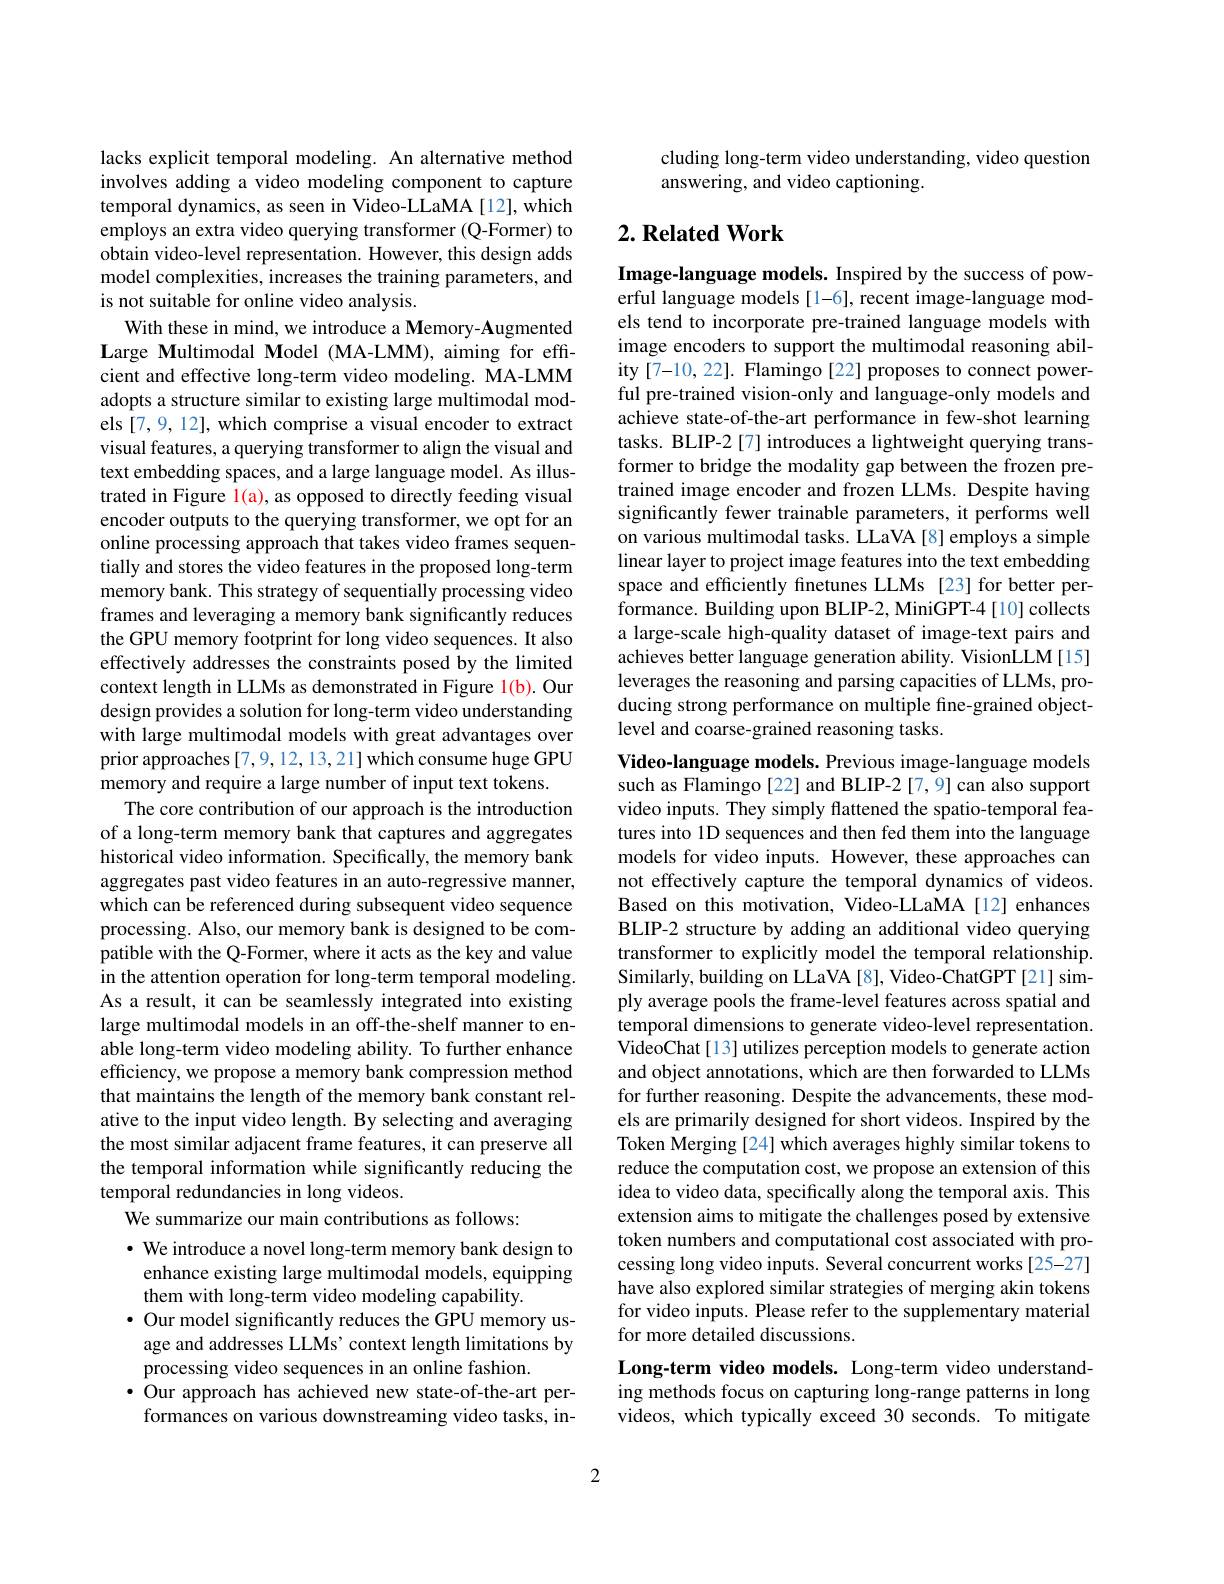
lacks explicit temporal modeling. An alternative method involves adding a video modeling component to capture temporal dynamics, as seen in Video-LLaMA [12], which employs an extra video querying transformer (Q-Former) to obtain video-level representation. However, this design adds model complexities, increases the training parameters, and is not suitable for online video analysis.
With these in mind, we introduce a Memory-Augmented Large Multimodal Model (MA-LMM), aiming for efficient and effective long-term video modeling. MA-LMM adopts a structure similar to existing large multimodal models [7,9,12], which comprise a visual encoder to extract visual features, a querying transformer to align the visual and text embedding spaces, and a large language model. As illustrated in Figure l(a), as opposed to directly feeding visual encoder outputs to the querying transformer, we opt for an online processing approach that takes video frames sequentially and stores the video features in the proposed long-term memory bank. This strategy of sequentially processing video frames and leveraging a memory bank significantly reduces the GPU memory footprint for long video sequences. It also effectively addresses the constraints posed by the limited context length in LLMs as demonstrated in Figure l(b). Our design provides a solution for long-term video understanding with large multimodal models with great advantages over prior approaches [7,9,12,13,21] which consume huge GPU memory and require a large number of input text tokens.
The core contribution of our approach is the introduction of a long-term memory bank that captures and aggregates historical video information. Specifically, the memory bank aggregates past video features in an auto-regressive manner, which can be referenced during subsequent video sequence processing. Also, our memory bank is designed to be compatible with the Q-Former, where it acts as the key and value ${\hat{\text{in the attention operation for long-term temporal modeling.}}}$ As a result, it can be seamlessly integrated into existing large multimodal models in an off-the-shelf manner to enable long-term video modeling ability. To further enhance efficiency, we propose a memory bank compression method that maintains the length of the memory bank constant relative to the input video length. By selecting and averaging the most similar adjacent frame features, it can preserve all the temporal information while significantly reducing the temporal redundancies in long videos.
We summarize our main contributions as follows:
$\cdot$ We introduce a novel long-term memory bank design to enhance existing large multimodal models, equipping them with long-term video modeling capability.
$\bullet$ Our model significantly reduces the GPU memory usage and addresses LLMs' context length limitations by processing video sequences in an online fashion.
$\bullet$ Our approach has achieved new state-of-the-art per-
formances on various downstreaming video tasks, in-

cluding long-term video understanding, video question
answering, and video captioning.

## $2. \textbf{Related Work}$

Image-language models. Inspired by the success of powerful language models [1-6], recent image-language models tend to incorporate pre-trained language models with image encoders to support the multimodal reasoning ability [7-10,22]. Flamingo [22] proposes to connect powerful pre-trained vision-only and language-only models and achieve state-of-the-art performance in few-shot learning tasks. BLIP-2 [7] introduces a lightweight querying transformer to bridge the modality gap between the frozen pretrained image encoder and frozen LLMs. Despite having significantly fewer trainable parameters, it performs well on various multimodal tasks. LLaVA [8] employs a simple linear layer to project image features into the text embedding space and efficiently finetunes LLMs [23] for better performance. Building upon BLIP-2, MiniGPT-4[10] collects a large-scale high-quality dataset of image-text pairs and achieves better language generation ability. VisionLLM[15] leverages the reasoning and parsing capacities of LLMs, producing strong performance on multiple fine-grained objectlevel and coarse-grained reasoning tasks.
Video-language models. Previous image-language models

such as Flamingo[22] and BLIP-2 [7,9] can also support video inputs. They simply flattened the spatio-temporal features into 1D sequences and then fed them into the language models for video inputs. However, these approaches can not effectively capture the temporal dynamics of videos. Based on this motivation, Video-LLaMA[12] enhances BLIP-2 structure by adding an additional video querying transformer to explicitly model the temporal relationship. Similarly, building on LLaVA [8], Video-ChatGPT [21] simply average pools the frame-level features across spatial and temporal dimensions to generate video-level representation. VideoChat[13] utilizes perception models to generate action and object annotations, which are then forwarded to LLMs for further reasoning. Despite the advancements, these models are primarily designed for short videos. Inspired by the Token Merging [24] which averages highly similar tokens to reduce the computation cost, we propose an extension of this idea to video data, specifically along the temporal axis. This extension aims to mitigate the challenges posed by extensive token numbers and computational cost associated with processing long video inputs. Several concurrent works [25-27] have also explored similar strategies of merging akin tokens for video inputs. Please refer to the supplementary material for more detailed discussions
Long-term video models. Long-term video understanding methods focus on capturing long-range patterns in long

videos, which typically exceed 30 seconds. To mitigate

2